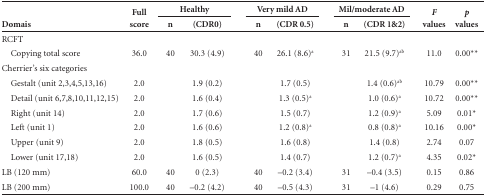
| <ROWSPAN=2> Domais | <ROWSPAN=2> Full score | <COLSPAN=2> Healthy | <ROWSPAN=2>  | <COLSPAN=2> Verymild AD | <ROWSPAN=2>  | <COLSPAN=2> Mil/moderate AD | <ROWSPAN=2>  | <ROWSPAN=2> F values | <ROWSPAN=2> p values |
 | n | (CDR0) | n | (CDR 0.5) | n | (CDR 1&2) |
 | --- | --- | --- | --- | --- | --- | --- | --- | --- | --- | --- | --- | --- |
 | RCFT |  |  |  |  |  |  |  |  |  |  |  |  |
 | Copying totalscore | 36.0 | 40 | 30.3 (4.9) |  | 40 | 26.1 (8.6)a |  | 31 | 21.5 (9.7)ab |  | 11.0 | 0.00** |
 | Cherrier's six categories |  |  |  |  |  |  |  |  |  |  |  |  |
 | Gestalt (unit2,3,4,5,13,16) | 2.0 |  | 1.9 (0.2) |  |  | 1.7 (0.5) |  |  | 1.4 (0.6)ab |  | 10.79 | 0.00** |
 | Detail (unit6,7,8,10,11,12,15) | 2.0 |  | 1.6 (0.4) |  |  | 1.3 (0.5)a |  |  | 1.0 (0.6)a |  | 10.72 | 0.00** |
 | Right (unit14) | 2.0 |  | 1.7 (0.6) |  |  | 1.5 (0.7) |  |  | 1.2 (0.9)a |  | 5.09 | 0.01* |
 | Left (unit 1) | 2.0 |  | 1.6 (0.6) |  |  | 1.2 (0.8)a |  |  | 0.8 (0.8)a |  | 10.16 | 0.00* |
 | Upper (unit 9) | 2.0 |  | 1.8 (0.5) |  |  | 1.6 (0.8) |  |  | 1.4 (0.8) |  | 2.74 | 0.07 |
 | Lower (unit17,18) | 2.0 |  | 1.6 (0.5) |  |  | 1.4 (0.7) |  |  | 1.2 (0.7)a |  | 4.35 | 0.02* |
 | LB (120 mm) | 60.0 | 40 | 0 (2.3) |  | 40 | -0.2 (3.4) |  | 31 | -0.4 (3.5) |  | 0.15 | 0.86 |
 | LB (200 mm) | 100.0 | 40 | -0.2 (4.2) |  | 40 | -0.5 (4.3) |  | 31 | -1 (4.6) |  | 0.29 | 0.75 |